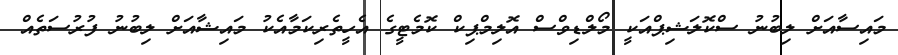
މައިސާއަށް ލިބުނު ސްކޮލަޝިޕްއަކީ މޯލްޑިވްސް އޮލިމްޕިކް ކޮމެޓީގެ އެހީތެރިކަމާއެކު މައިޝާއަށް ލިބުނު ފުރުސަތެއް